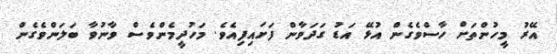
އޭރު މީހުންތަށް ހާސްވެގެން އުޅޭ އަޑު ގަދަވާން ފަށައިފިއެވެ. މަހުދީމެންވެސް ވާނުވާ ބަލަންވެގެން